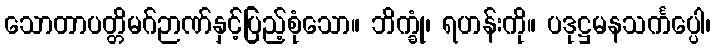
သောတာပတ္တိမဂ်ဉာဏ်နှင့်ပြည့်စုံသော။ ဘိက္ခုံ၊ ရဟန်းကို။ ပဒုဋ္ဌမနသင်္ကပ္ပေါ၊